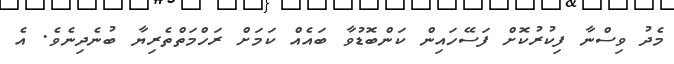
މެދު ވިސްނާ ފިކުރުކޮށް ފަސޭހައިން ކަންބޮޑުވާ ބައެއް ކަމަށް ރަހްމަތްތެރިޔާ ބުނެދިނެވެ. އެ